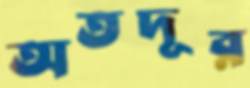
অতদূর